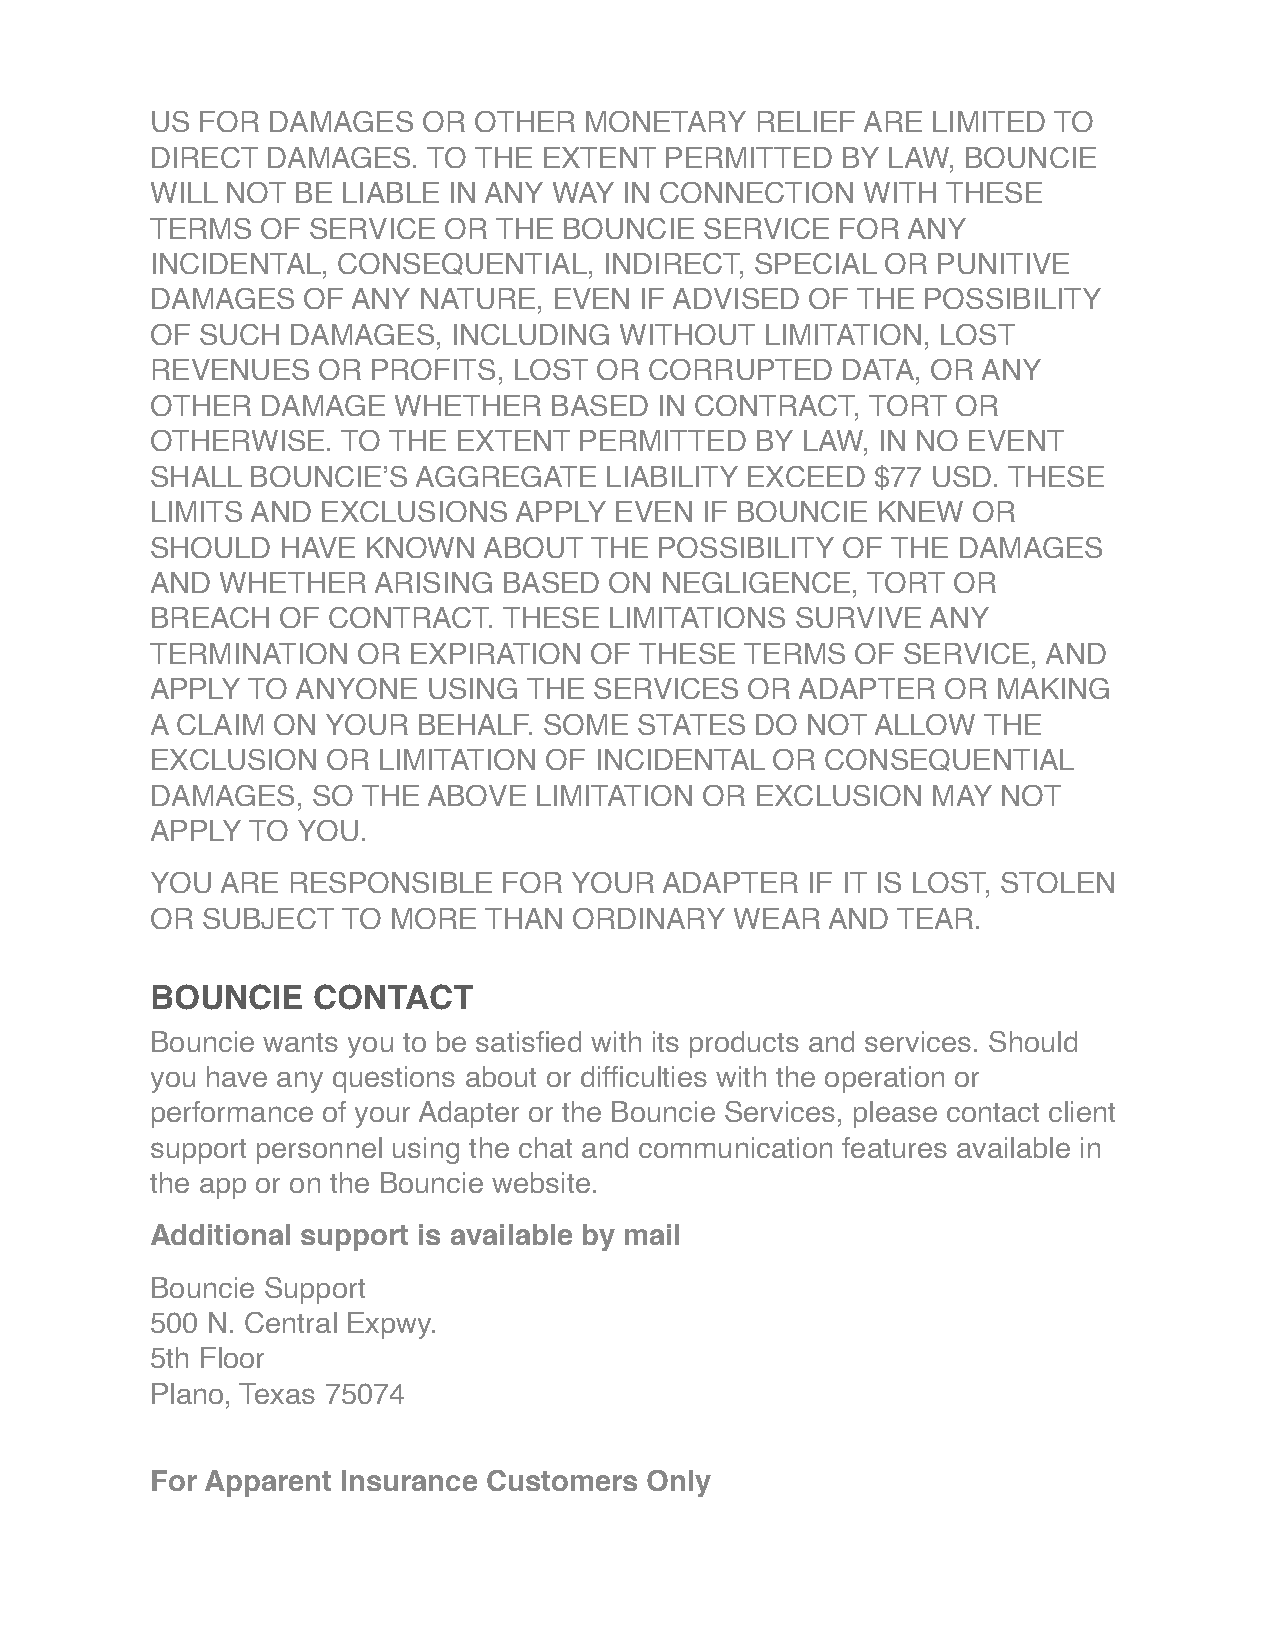
US FOR  DAMAGES   OR OTHER   MONETARY   RELIEF ARE  LIMITED TO
 DIRECT  DAMAGES.  TO THE  EXTENT  PERMITTED   BY LAW, BOUNCIE
 WILL NOT BE  LIABLE IN ANY WAY IN CONNECTION   WITH  THESE
 TERMS  OF SERVICE  OR  THE BOUNCIE   SERVICE  FOR ANY
 INCIDENTAL, CONSEQUENTIAL,    INDIRECT, SPECIAL  OR PUNITIVE
 DAMAGES   OF ANY  NATURE,  EVEN IF ADVISED  OF THE POSSIBILITY
 OF SUCH  DAMAGES,   INCLUDING  WITHOUT   LIMITATION, LOST
 REVENUES   OR  PROFITS, LOST  OR CORRUPTED    DATA, OR ANY
 OTHER  DAMAGE   WHETHER   BASED   IN CONTRACT,  TORT OR
 OTHERWISE.   TO THE EXTENT  PERMITTED   BY LAW, IN NO EVENT
 SHALL  BOUNCIE’S AGGREGATE    LIABILITY EXCEED  $77 USD. THESE
 LIMITS AND EXCLUSIONS   APPLY  EVEN IF BOUNCIE  KNEW  OR
 SHOULD   HAVE KNOWN   ABOUT  THE  POSSIBILITY OF THE DAMAGES
 AND  WHETHER   ARISING BASED  ON  NEGLIGENCE,  TORT  OR
 BREACH   OF CONTRACT.  THESE  LIMITATIONS  SURVIVE  ANY
 TERMINATION   OR EXPIRATION  OF THESE  TERMS   OF SERVICE, AND
 APPLY TO  ANYONE  USING  THE SERVICES   OR ADAPTER   OR MAKING
 A CLAIM ON YOUR   BEHALF. SOME  STATES  DO NOT  ALLOW  THE
 EXCLUSION   OR LIMITATION OF INCIDENTAL  OR  CONSEQUENTIAL
 DAMAGES,   SO THE ABOVE  LIMITATION  OR EXCLUSION   MAY NOT
 APPLY TO  YOU.
 YOU  ARE RESPONSIBLE   FOR  YOUR  ADAPTER  IF IT IS LOST, STOLEN
 OR SUBJECT   TO MORE  THAN  ORDINARY   WEAR  AND TEAR.
 BOUNCIE    CONTACT
 Bouncie wants you to be satisfied with its products and services. Should
 you have any questions about or difficulties with the operation or
 performance of your Adapter or the Bouncie Services, please contact client
 support personnel using the chat and communication features available in
 the app or on the Bouncie website.
 Additional support is available by mail
 Bouncie Support
 500 N. Central Expwy.
 5th Floor
 Plano, Texas 75074
 For Apparent Insurance Customers Only